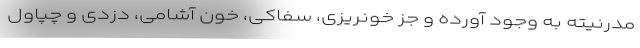
مدرنیته به وجود آورده و جز خونریزی، سفاکی، خون آشامی، دزدی و چپاول